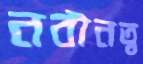
নবীনত্ব